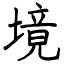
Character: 境